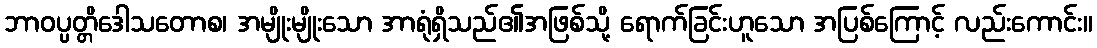
ဘာဝပ္ပတ္တိဒေါသတောစ၊ အမျိုးမျိုးသော အာရုံရှိသည်၏အဖြစ်သို့ ရောက်ခြင်းဟူသော အပြစ်ကြောင့် လည်းကောင်း။